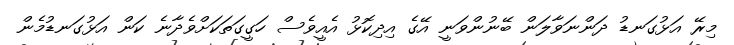
މިރޭ އަޅުގަނޑު ދަންނަވާލަން ބޭނުންވަނީ އޭގެ އިދިކޮޅު އެއީވެސް ހަގީގަތަކަށްވެދާނެ ކަން އަޅުގަނޑުމެން